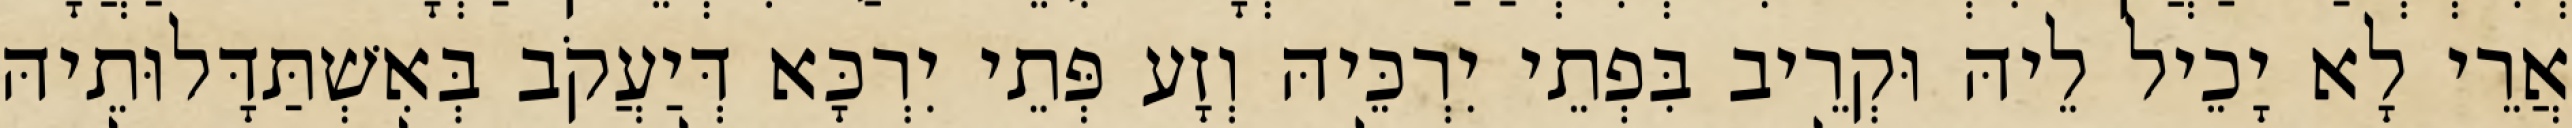
אֲרֵי לָא יָכֵיל לֵיהּ וּקְרֵיב בִּפְתֵי יִרְכֵּיהּ וְזָע פְּתֵי יִרְכָּא דְּיַעֲקֹב בְּאִשְׁתַּדָּלוּתֵיהּ